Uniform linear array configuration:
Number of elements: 12
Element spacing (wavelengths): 0.5
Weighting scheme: hamming
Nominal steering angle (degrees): -60
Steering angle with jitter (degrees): -58.861
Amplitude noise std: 0.05
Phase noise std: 0.05

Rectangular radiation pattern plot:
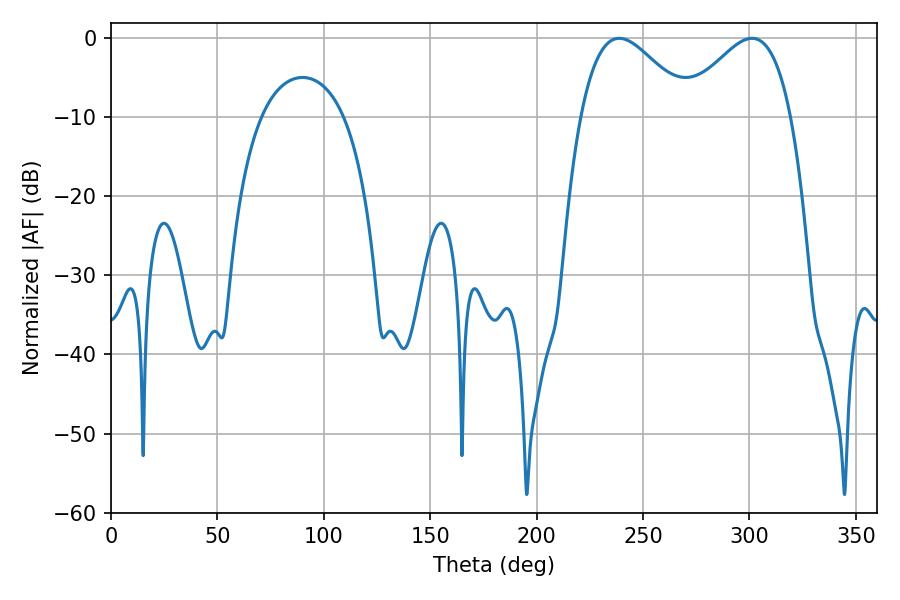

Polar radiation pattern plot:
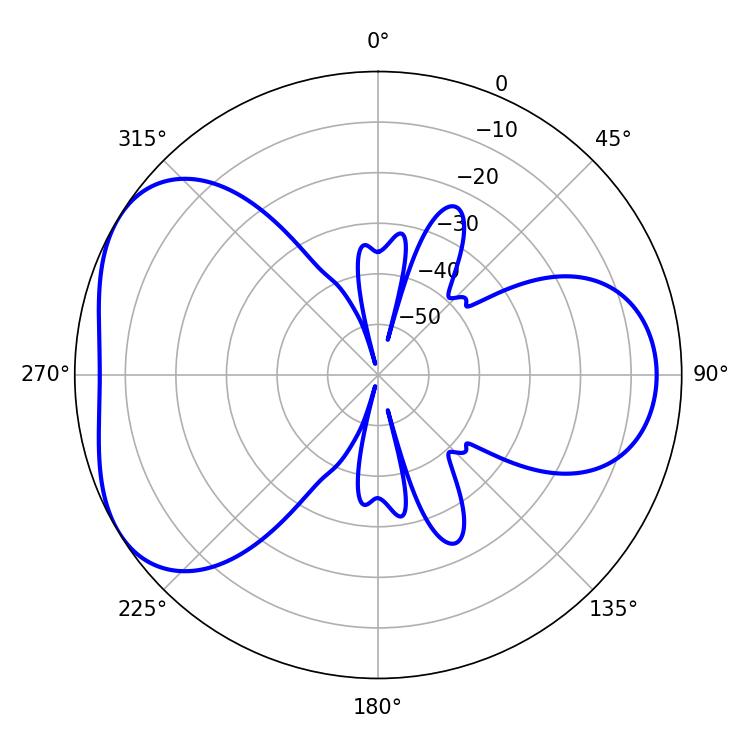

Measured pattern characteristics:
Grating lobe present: FALSE
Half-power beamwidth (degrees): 27.72
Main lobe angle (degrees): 238.86